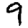
Digit: 9